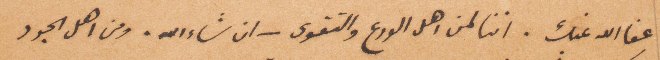
عفا الله عنك. اننا لمن اهل الورع والتقوى_ان شاء الله. ومن أهل الجود